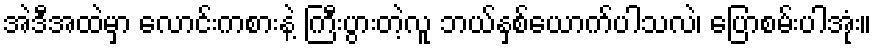
အဲဒီအထဲမှာ လောင်းကစားနဲ့ ကြီးပွားတဲ့လူ ဘယ်နှစ်ယောက်ပါသလဲ၊ ပြောစမ်းပါအုံး။